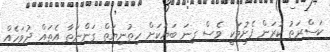
ކަސްރަތު ކުރަން ފެށުމަކީ ވެސް ގިނަ ބަޔަކަށް ހިތުނިޔަތް ގަންނަތާ އެތައް ދުވަހެއް